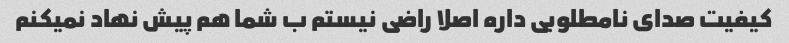
کیفیت صدای نامطلوبی داره اصلا راضی نیستم ب شما هم پیش نهاد نمیکنم